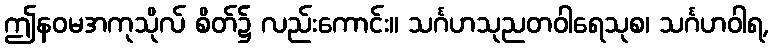
ဤနဝမအကုသိုလ် စိတ်၌ လည်းကောင်း။ သင်္ဂဟသုညတဝါရေသုစ၊ သင်္ဂဟဝါရ,